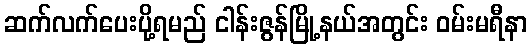
ဆက်လက်ပေးပို့ရမည် ငါန်းဇွန်မြို့နယ်အတွင်း ဝမ်းမရီနာ